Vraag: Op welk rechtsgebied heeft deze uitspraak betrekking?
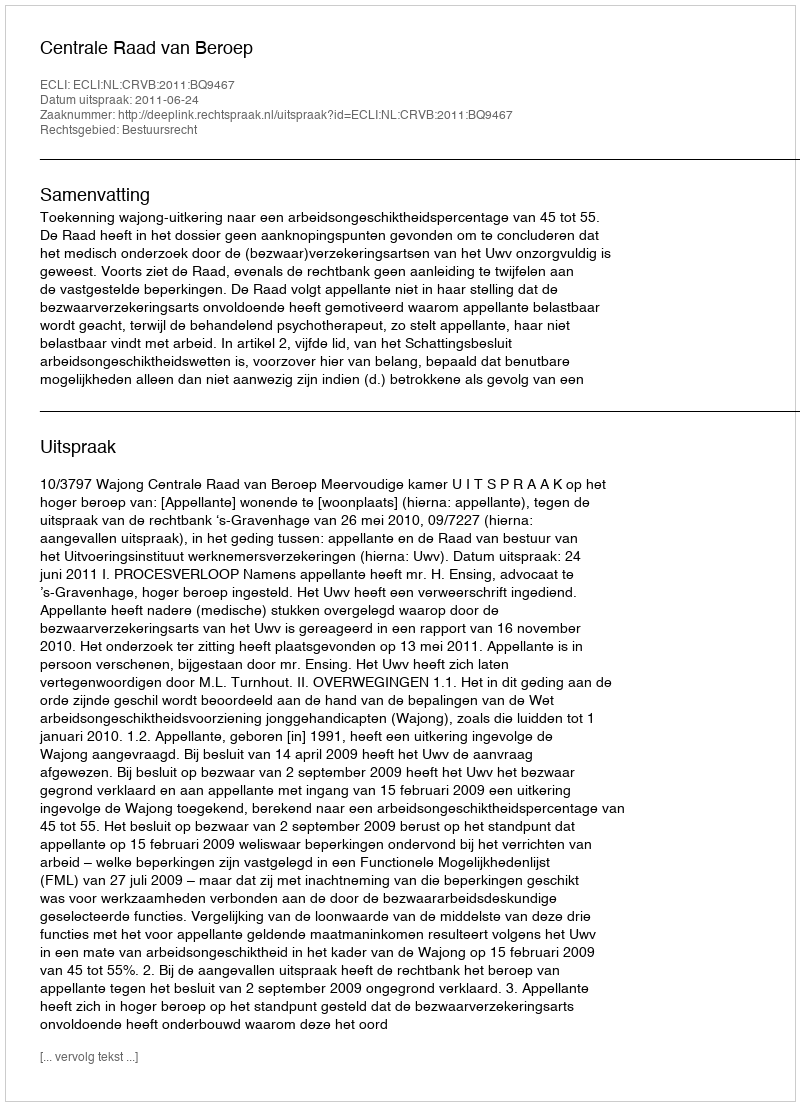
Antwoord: Bestuursrecht